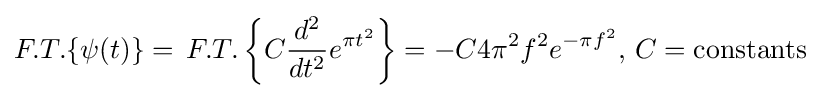
F.T.\{\psi (t)\}=\,F.T.\left\{C{\frac {d^{2}}{dt^{2}}}e^{\pi t^{2}}\right\}=-C4\pi ^{2}f^{2}e^{-\pi f^{2}},\,C={\text{constants}}